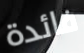
فائدة